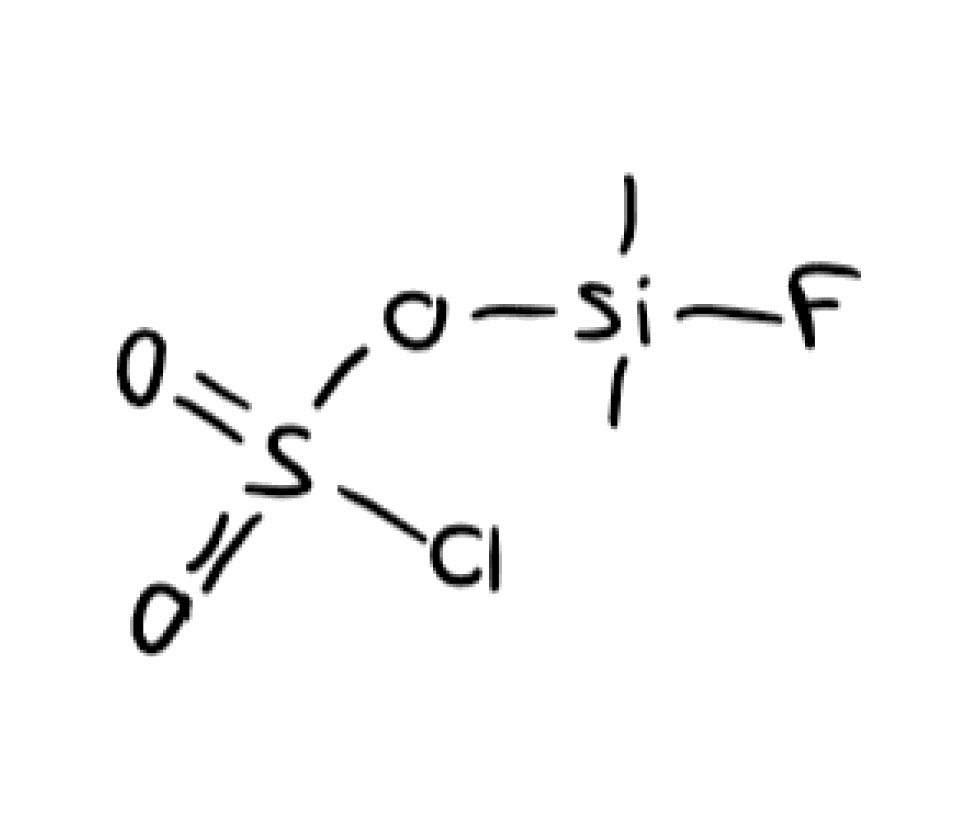
Simplified molecular-input line-entry system (SMILES) notation of the given molecule:
C[Si](C)(OS(=O)(=O)Cl)F